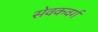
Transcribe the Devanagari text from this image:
सेवकवर्ग